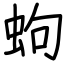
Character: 蚼